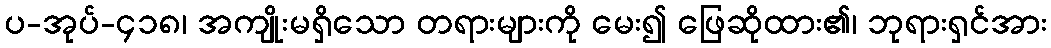
ပ-အုပ်-၄၁၈၊ အကျိုးမရှိသော တရားများကို မေး၍ ဖြေဆိုထား၏၊ ဘုရားရှင်အား